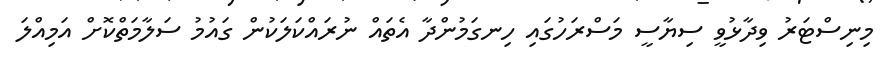
މިނިސްޓަރު ވިދާޅުވީ ސިޔާސީ މަސްރަހުގައި ހިނގަމުންދާ އެތައް ނުރައްކަލަކުން ގައުމު ސަލާމަތްކޮށް އަމިއްލަ